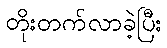
တိုးတက်လာခဲ့ပြီး